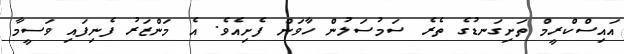
އައިސްކްރީމް ތަށިގަނޑުގެ ތެރެ ސަމުސަލުން ހާވަން ފެށިއެވެ. އެ މަންޒަރު ފެނިފައި ވަސީމާ